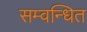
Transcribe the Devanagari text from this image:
सम्वन्धित